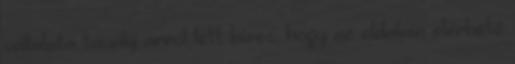
vállalata tavaly arról lett híres, hogy az oldalain elérhető